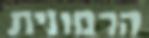
הרמונית